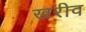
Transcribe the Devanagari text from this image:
खरीव